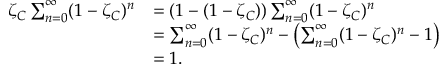
\begin{array} { r l } { \zeta _ { C } \sum _ { n = 0 } ^ { \infty } ( 1 - \zeta _ { C } ) ^ { n } } & { = ( 1 - ( 1 - \zeta _ { C } ) ) \sum _ { n = 0 } ^ { \infty } ( 1 - \zeta _ { C } ) ^ { n } } \\ & { = \sum _ { n = 0 } ^ { \infty } ( 1 - \zeta _ { C } ) ^ { n } - \left( \sum _ { n = 0 } ^ { \infty } ( 1 - \zeta _ { C } ) ^ { n } - 1 \right) } \\ & { = 1 . } \end{array}